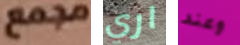
مجمع اري وعند